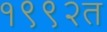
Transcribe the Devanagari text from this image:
१९९२त